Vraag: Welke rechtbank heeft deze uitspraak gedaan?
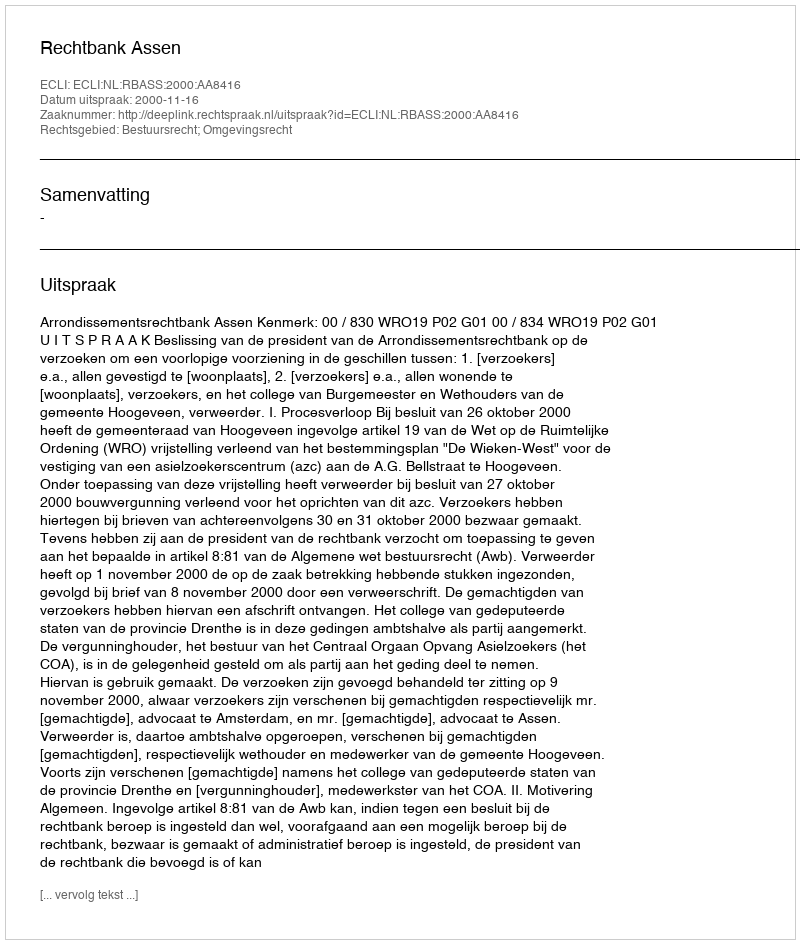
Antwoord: Rechtbank Assen